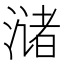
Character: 𫞛